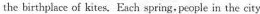
the birthplace of kites.Each spring people in the city